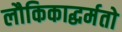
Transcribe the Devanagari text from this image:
लौकिकाद्धर्मतो